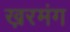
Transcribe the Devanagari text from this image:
ख़रमंग